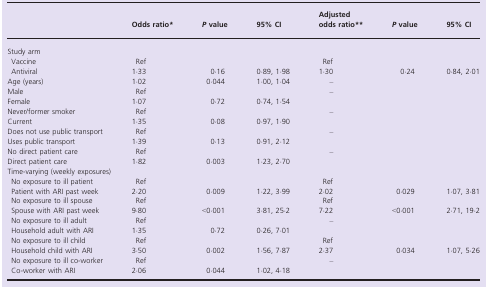
|  | Odds ratio* | P value | 95% CI | Adjusted odds ratio** | P value | 95% CI |
 | --- | --- | --- | --- | --- | --- | --- |
 | <COLSPAN=7> Study arm |
 | Vaccine | Ref |  |  | Ref |  |  |
 | Antiviral | 1·33 | 0·16 | 0·89, 1·98 | 1·30 | 0·24 | 0·84, 2·01 |
 | Age (years) | 1·02 | 0·044 | 1·00, 1·04 | – |  |  |
 | Male | Ref |  |  | <ROWSPAN=2> – |  |  |
 | Female | 1·07 | 0·72 | 0·74, 1·54 |  |  |
 | Never/former smoker | Ref |  |  | <ROWSPAN=2> – |  |  |
 | Current | 1·35 | 0·08 | 0·97, 1·90 |  |  |
 | Does not use public transport | Ref |  |  | <ROWSPAN=2> – |  |  |
 | Uses public transport | 1·39 | 0·13 | 0·91, 2·12 |  |  |
 | No direct patient care | Ref |  |  | <ROWSPAN=2> – |  |  |
 | Direct patient care | 1·82 | 0·003 | 1·23, 2·70 |  |  |
 | <COLSPAN=7> Time-varying (weekly exposures) |
 | No exposure to ill patient | Ref |  |  | Ref |  |  |
 | Patient with ARI past week | 2·20 | 0·009 | 1·22, 3·99 | 2·02 | 0·029 | 1·07, 3·81 |
 | No exposure to ill spouse | Ref |  |  | Ref |  |  |
 | Spouse with ARI past week | 9·80 | <0·001 | 3·81, 25·2 | 7·22 | <0·001 | 2·71, 19·2 |
 | No exposure to ill adult | Ref |  |  | <ROWSPAN=2> – |  |  |
 | Household adult with ARI | 1·35 | 0·72 | 0·26, 7·01 |  |  |
 | No exposure to ill child | Ref |  |  | Ref |  |  |
 | Household child with ARI | 3·50 | 0·002 | 1·56, 7·87 | 2·37 | 0·034 | 1·07, 5·26 |
 | No exposure to ill co-worker | Ref |  |  | <ROWSPAN=2> – |  |  |
 | Co-worker with ARI | 2·06 | 0·044 | 1·02, 4·18 |  |  |